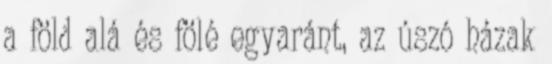
a föld alá és fölé egyaránt, az úszó házak